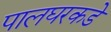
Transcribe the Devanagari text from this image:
पालघरकडे